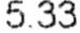
5.33